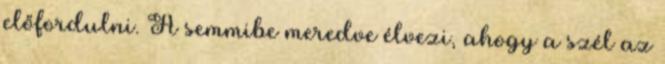
előfordulni. A semmibe meredve élvezi, ahogy a szél az